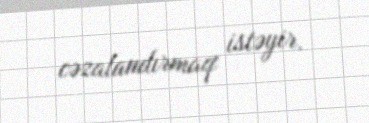
cəzalandırmaq istəyir.